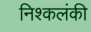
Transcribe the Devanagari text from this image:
निश्कलंकी